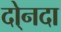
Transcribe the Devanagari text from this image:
दो्नदा